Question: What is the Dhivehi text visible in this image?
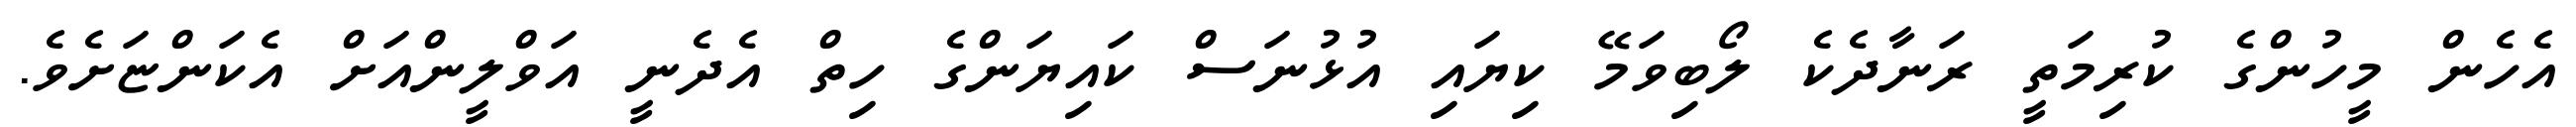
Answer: އެހެން މީހުންގެ ކުރިމަތީ ރަނާދެކެ ލޯބިވަމޭ ކިޔައި އުޅުނަސް ކައިޔަންގެ ހިތް އެދެނީ އަވްލީންއަށް އެކަންޏަށެވެ.